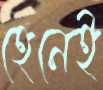
হেনেই